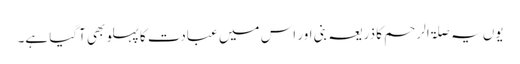
یوں یہ صلۃ الرحم کا ذریعہ بنی اور اس میں عبادت کا پہلو بھی آگیا ہے۔